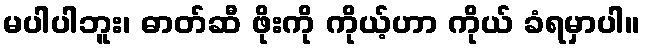
မပါပါဘူး၊ ဓာတ်ဆီ ဖိုးကို ကိုယ့်ဟာ ကိုယ် ခံရမှာပါ။